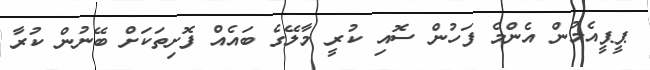
ޕީޕީއެމުން އެންމެ ފަހުން ސޮއި ކުރީ މާލޭގެ ބައެއް ފޮށިތަކަށް ބޭނުން ކުރާ